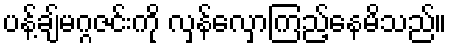
ပန့်ချ်မဂ္ဂဇင်းကို လှန်လှောကြည့်နေမိသည်။